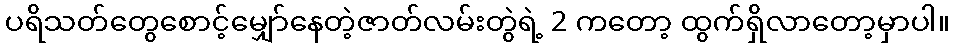
ပရိသတ်တွေစောင့်မျှော်နေတဲ့ဇာတ်လမ်းတွဲရဲ့ 2 ကတော့ ထွက်ရှိလာတော့မှာပါ။